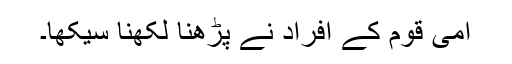
امی قوم کے افراد نے پڑھنا لکھنا سیکھا۔